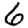
Digit: 6